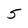
Character: 5